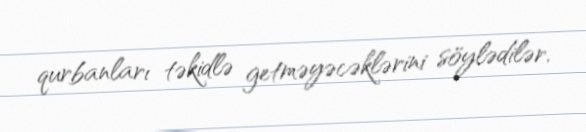
qurbanları təkidlə getməyəcəklərini söylədilər.